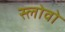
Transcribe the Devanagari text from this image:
स्लोवो